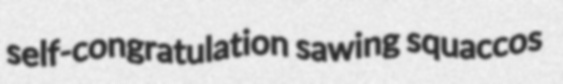
self-congratulation sawing squaccos